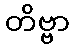
တိဗ္ဗာ